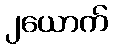
၂ယောက်